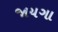
જાયગા